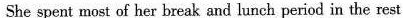
She spent most of her break and lunch period in the rest